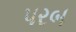
પરબ